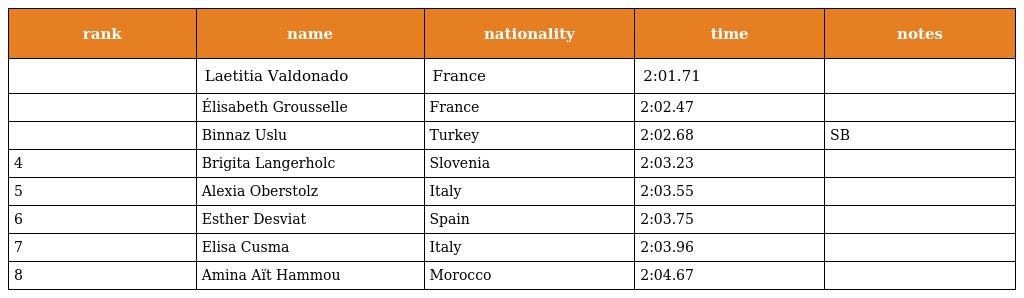
| rank | name | nationality | time | notes |
 | --- | --- | --- | --- | --- |
 |  | Laetitia Valdonado | France | 2:01.71 |  |
 |  | Élisabeth Grousselle | France | 2:02.47 |  |
 |  | Binnaz Uslu | Turkey | 2:02.68 | SB |
 | 4 | Brigita Langerholc | Slovenia | 2:03.23 |  |
 | 5 | Alexia Oberstolz | Italy | 2:03.55 |  |
 | 6 | Esther Desviat | Spain | 2:03.75 |  |
 | 7 | Elisa Cusma | Italy | 2:03.96 |  |
 | 8 | Amina Aït Hammou | Morocco | 2:04.67 |  |